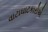
વાટાઘાટકારોએ